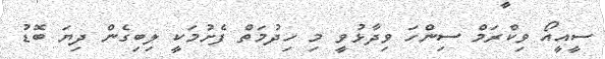
ސީއީއޯ ވިކްރަމް ސިންހަ ވިދާޅުވީ މި ހިދުމަތް ފެށުމަކީ ލިބިގެން ދިޔަ ބޮޑު